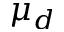
\mu _ { d }